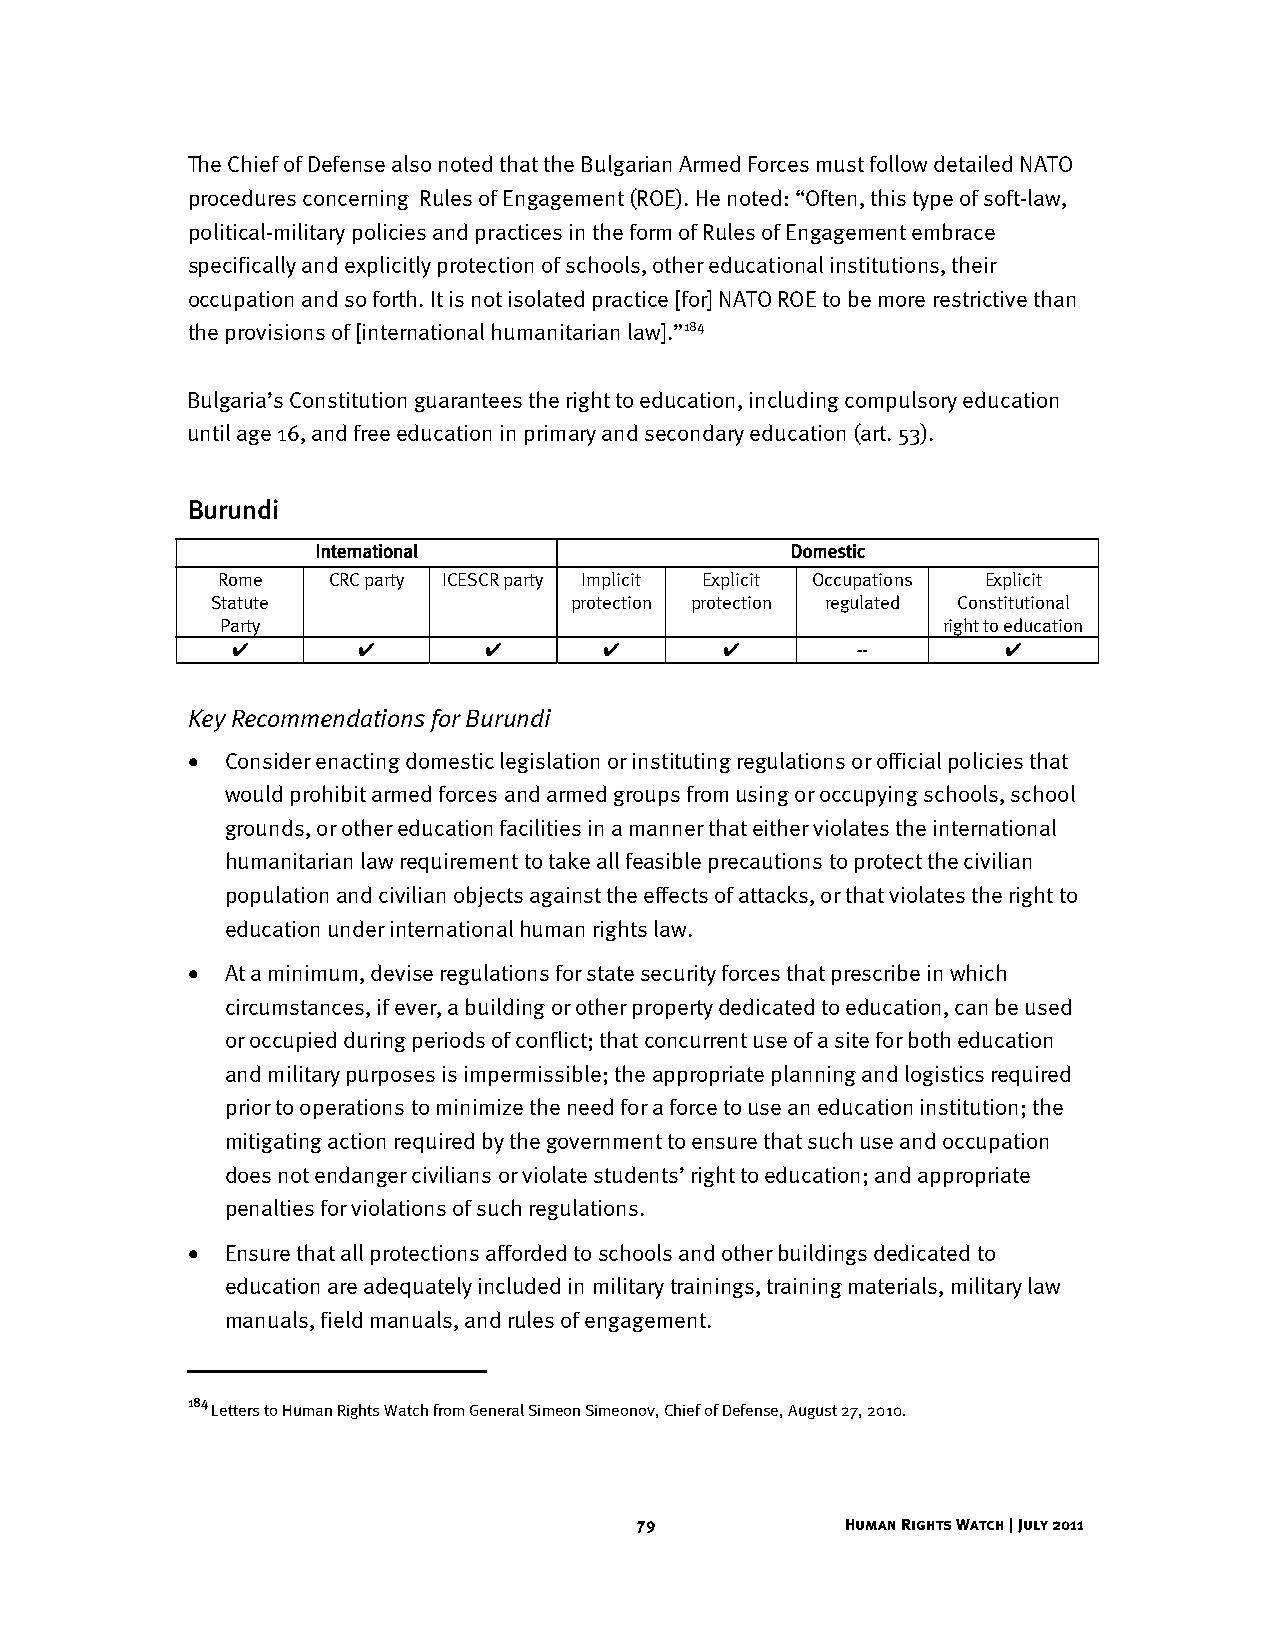
The Chief of Defense also noted that the Bulgarian Armed Forces must follow detailed NATO
 procedures concerning Rules of Engagement (ROE). He noted: “Often, this type of soft-law,
 political-military policies and practices in the form of Rules of Engagement embrace
 specifically and explicitly protection of schools, other educational institutions, their
 occupation and so forth. It is not isolated practice [for] NATO ROE to be more restrictive than
 the provisions of [international humanitarian law].”184
 Bulgaria’s Constitution guarantees the right to education, including compulsory education
 until age 16, and free education in primary and secondary education (art. 53).
 Burundi
 International                  Domestic
 Rome    CRC party ICESCR party Implicit Explicit Occupations Explicit
 Statute                 protection protection regulated Constitutional
 Party                                          right to education
 ✔        ✔       ✔       ✔       ✔        --       ✔
 Key Recommendations for Burundi
 •  Consider enacting domestic legislation or instituting regulations or official policies that
 would prohibit armed forces and armed groups from using or occupying schools, school
 grounds, or other education facilities in a manner that either violates the international
 humanitarian law requirement to take all feasible precautions to protect the civilian
 population and civilian objects against the effects of attacks, or that violates the right to
 education under international human rights law.
 •  At a minimum, devise regulations for state security forces that prescribe in which
 circumstances, if ever, a building or other property dedicated to education, can be used
 or occupied during periods of conflict; that concurrent use of a site for both education
 and military purposes is impermissible; the appropriate planning and logistics required
 prior to operations to minimize the need for a force to use an education institution; the
 mitigating action required by the government to ensure that such use and occupation
 does not endanger civilians or violate students’ right to education; and appropriate
 penalties for violations of such regulations.
 •  Ensure that all protections afforded to schools and other buildings dedicated to
 education are adequately included in military trainings, training materials, military law
 manuals, field manuals, and rules of engagement.
 184
 Letters to Human Rights Watch from General Simeon Simeonov, Chief of Defense, August 27, 2010.
 79            Human Rights Watch | July 2011